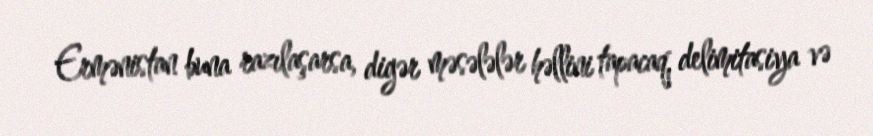
Ermənistan buna razılaşarsa, digər məsələlər həllini tapacaq, delimitasiya və